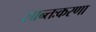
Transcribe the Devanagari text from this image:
सान्तःकरणा